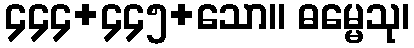
၄၄၄+၄၄၅+သော။ ဓမ္မေသု၊